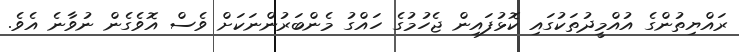
ރައްޔިތުންގެ އުއްމީދުތަކުގައި ކޮޅުފައިން ޖެހުމުގެ ހައްގު މެންބަރުންނަކަށް ވެސް އޮވެގެން ނުވާނެ އެވެ.